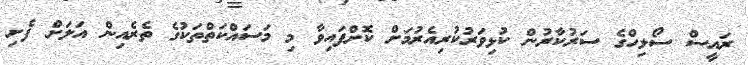
ރައީސް ސޯލިހްގެ ސަރުކާރުން ކުޅިވަރުކުރިއެރުމަށް ކޮށްފައިވާ މި މަސައްކަތްތަކުގެ ތެރެއިން އަލަށް ފެށި